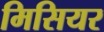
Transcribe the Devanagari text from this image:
मिसियर